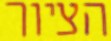
הציור